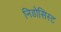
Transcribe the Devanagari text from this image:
निडोसिस्ट